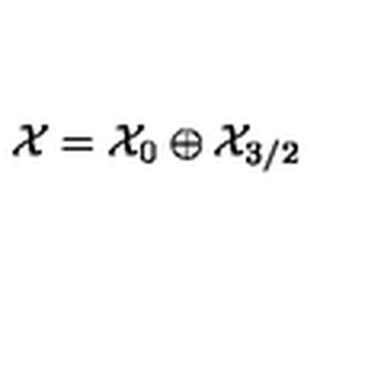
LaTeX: { \cal X } = { \cal X } _ { 0 } \oplus { \cal X } _ { 3 / 2 }